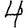
Digit: 4